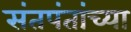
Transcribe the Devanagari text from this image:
संतपंतांच्या